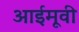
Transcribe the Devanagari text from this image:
आईमूवी